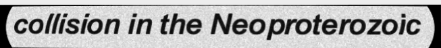
collision in the Neoproterozoic